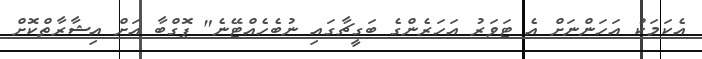
އެކަމަކު އަހަންނަށް އެ ޓަވަރު އަހަރެންގެ ބަގީޗާގައި ނުބެހެއްޓޭނެ" ޕޮގްބާ އަށް އިޝާރާތްކޮށް